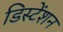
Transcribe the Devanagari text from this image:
डिस्टेंशन